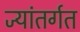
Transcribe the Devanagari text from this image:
ज्यांतर्गत